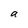
Character: a